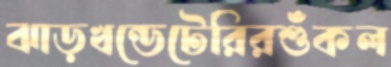
ঝাড়খন্ডেটেরিরশুঁকল